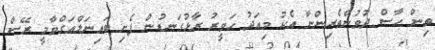
ތިން ހާސް ދުވުންތެރިންނާ އެކު މިއަދު ހަވީރު ރާޅުގަނޑުން ފެށި ބައިނަލްއަގްވާމީ ރޭސް